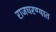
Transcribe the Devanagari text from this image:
राजघरण्यात